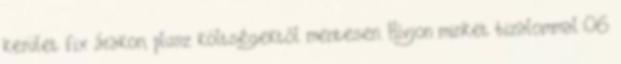
kerület fix árakon, plusz költségektől mentesen. Hívjon minket bizalommal:06